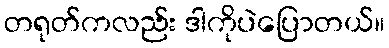
တရုတ်ကလည်း ဒါကိုပဲပြောတယ်။